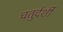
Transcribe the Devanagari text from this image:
चतुर्दर्शी